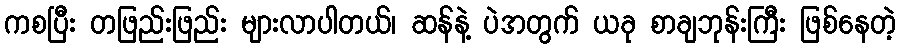
ကစပြီး တဖြည်းဖြည်း များလာပါတယ်၊ ဆန်နဲ့ ပဲအတွက် ယခု စာချဘုန်းကြီး ဖြစ်နေတဲ့